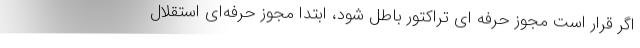
اگر قرار است مجوز حرفه ای تراکتور باطل شود، ابتدا مجوز حرفه‌ای استقلال